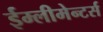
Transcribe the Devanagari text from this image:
ईम्लीमेन्टर्स